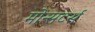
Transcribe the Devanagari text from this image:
मोन्सटर्स